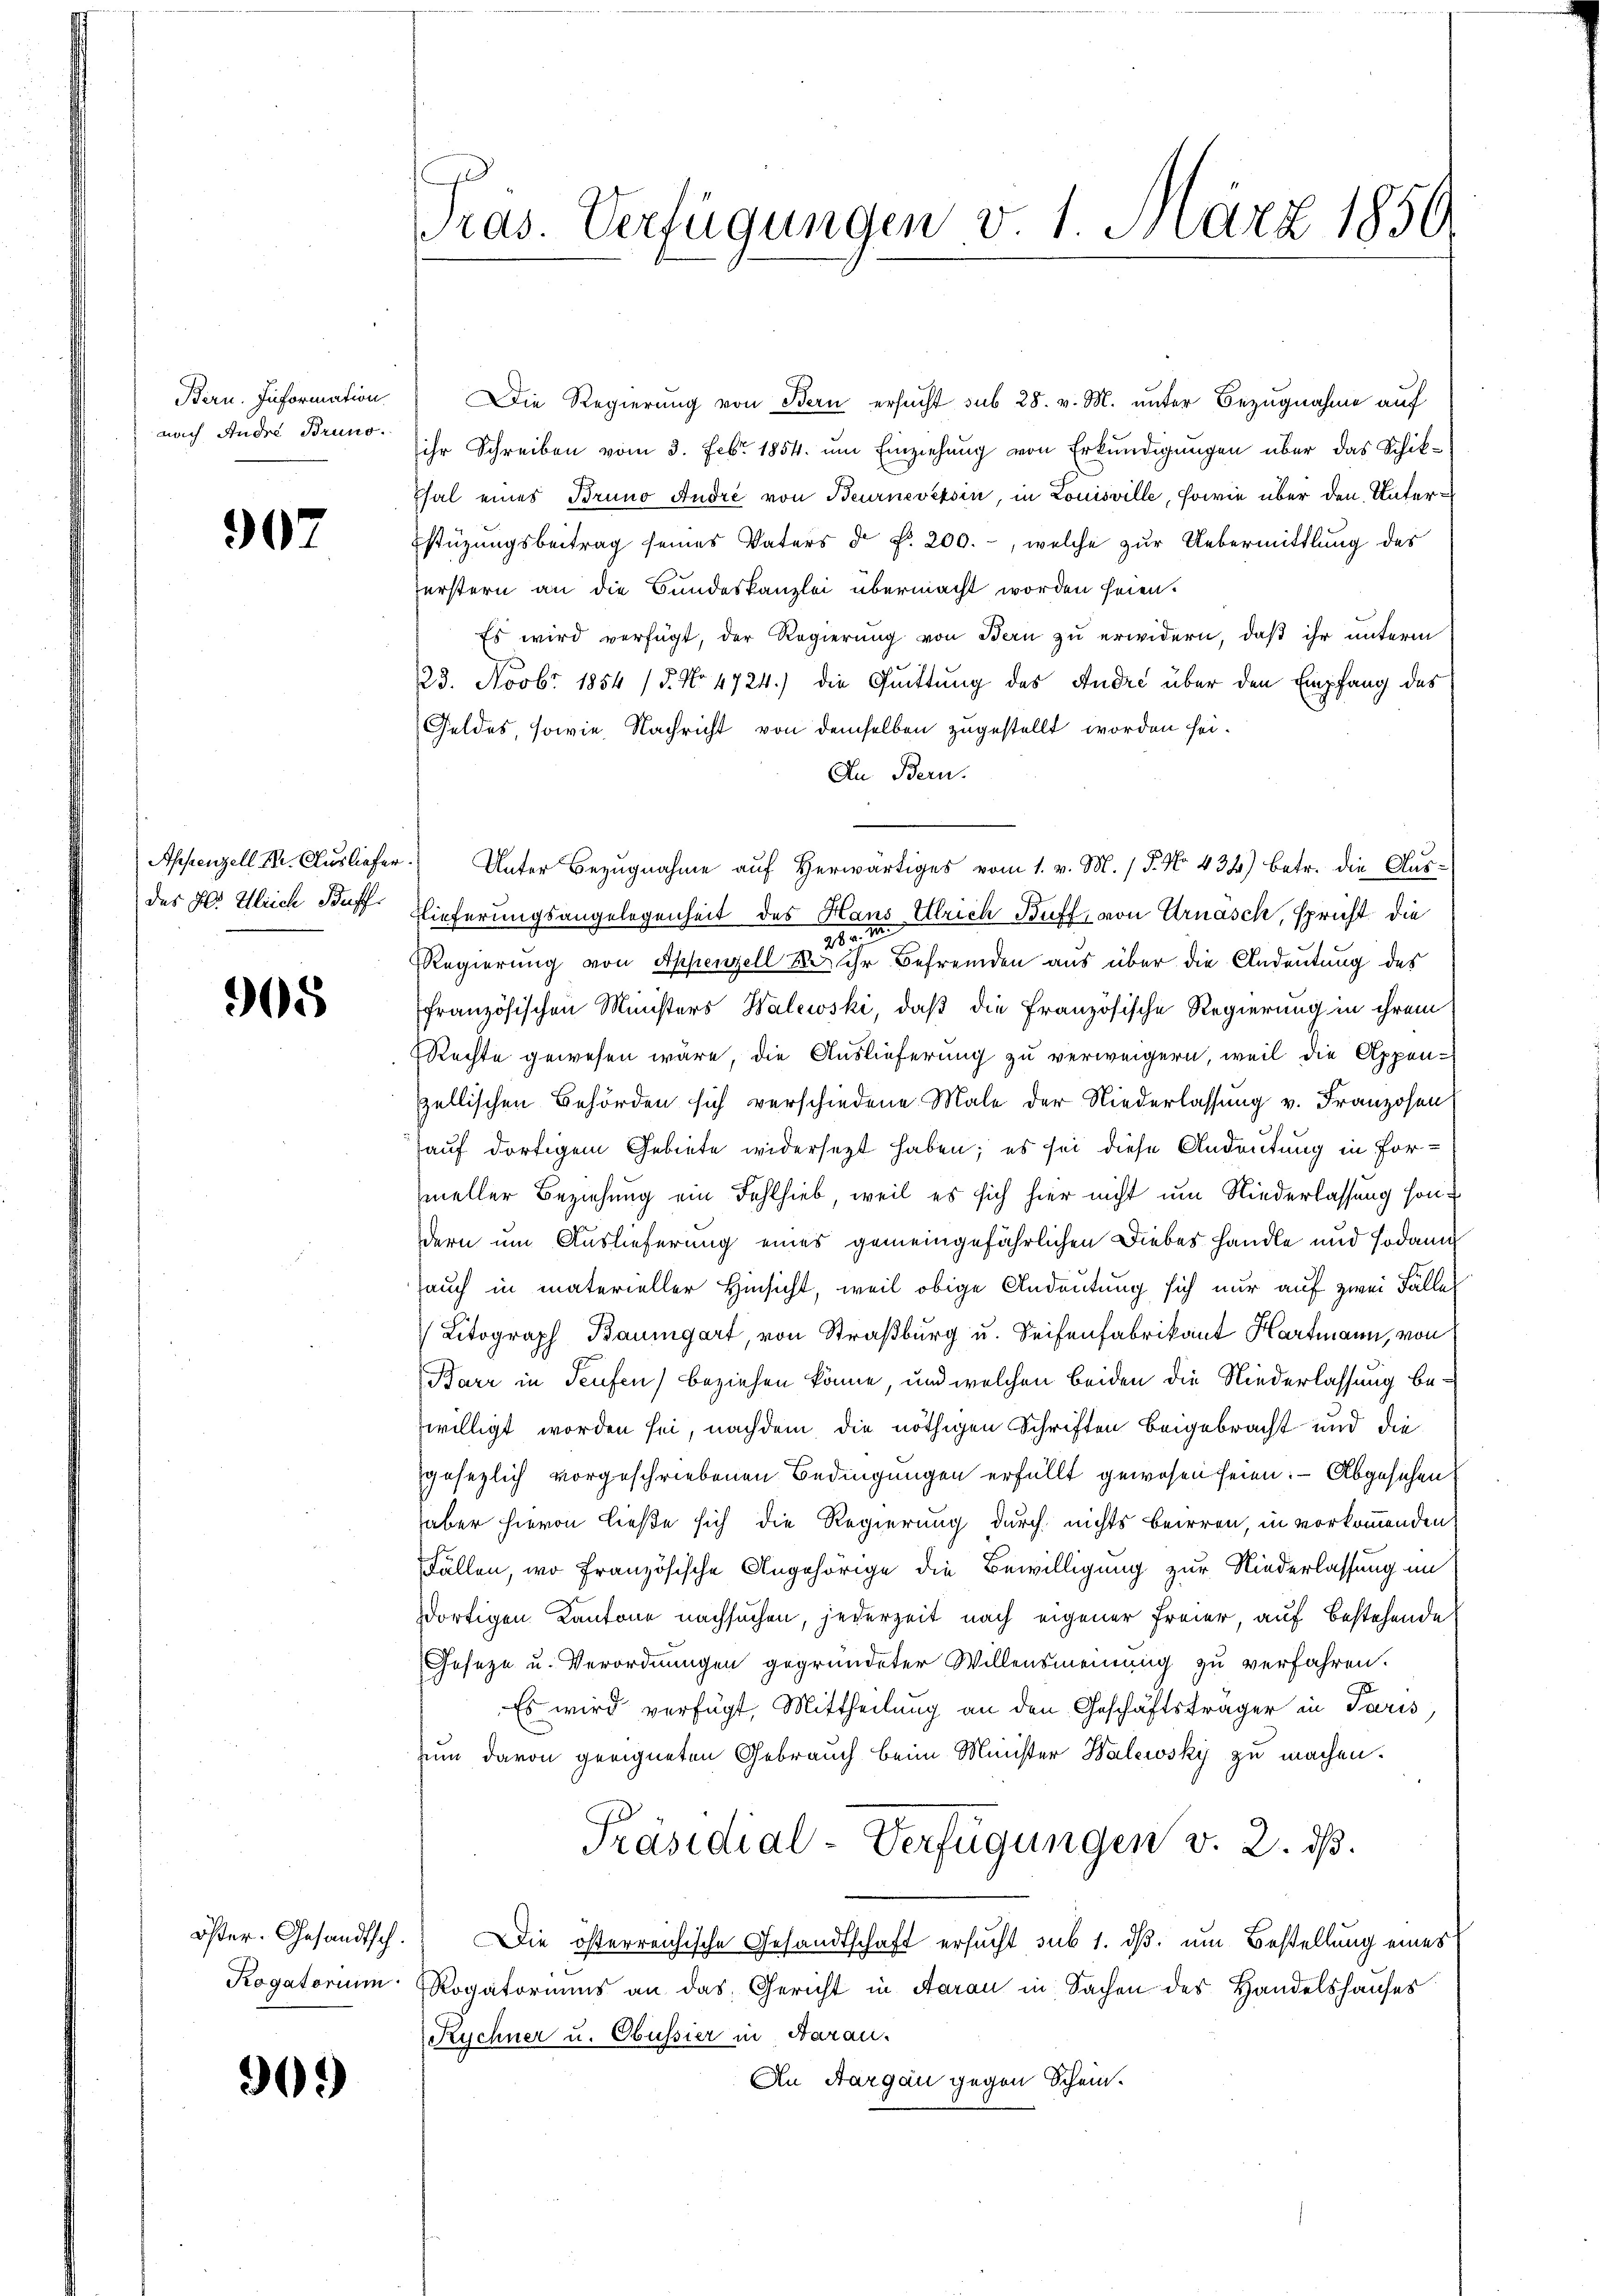
Bern. Information.
nach Andre Bruno.

907

des Hl. Gleich Buff

305

909)

C
ras. Verfügungen v. 1. März 1850.

Die Regierung von Bern ersucht sub 28. v. M. unter Bezugnahme auf
ihr Schreiben vom 3. Febr. 1854. um Einziehung von Erkundigungen über das Schik¬
Thal eines Bruno André von Beurnevessin, in Louisville, sowie über den Unter¬
Estüzungsbeitrag seines Vaters d. d. 200.-, welche zur Uebermittlung des
erstern an die Bundeskanzlei übermacht worden seien.
Es wird verfügt, der Regierung von Bern zu erwidern, daß ihr unterm
23. Novbr. 1854 (§. No. 4724.) die Quittung des Andre über den Empfang des
Geldes, sowie Nachricht von demselben zugestellt worden sei.
An Bern.
Appenzell I. Ausliefer. Unter Bezugnahme auf herwärtiges vom 1. v. M. / P. No. 434) betr. die Aus¬
Flieferungsangelegenheit des Haus Ulrich Buff, von Arnäsch, spricht die
9
Regierung von Appenzell er ihr Befremden aus über die Andeutung des
französischen Ministers Walewski, daß die Französische Regierung in ihrem
RRechte gewesen wäre, die Auslieferung zu verweigern, weil die Appenellischen Behörden sich verschiedene Male der Niederlassung v. Franzosen
auf dortigem Gebiete widersetzt haben; es sei diese Andeutung in Formeller Beziehung ein Fehlhieb, weil es sich hier nicht um Niederlassung sondern um Auslieferung eines gemeingefährlichen Diebes handle und sodann
auch in materieller Hinsicht, weil obige Andeutung sich nur auf zwei Fälle
Litograph Baumgart, von Straßburg u. Seifenfabrikant Hartmann, von
Barr in Seufen) beziehen könne, und welchen beiden die Niederlassung bewilligt worden sei, nachdem die nöthigen Schriften beigebracht und die
gesezlich vorgeschriebenen Bedingungen erfüllt gewesen seien. – Abgesehen
aber hievon ließe sich die Regierung durch nichts beirren, in vorkommenden
Fällen, wo Französische Angehörige die Bewilligung zur Niederlassung im
dortigen Kantone nachsuchen, jederzeit nach eigener Freier, auf bestehende
Geseze u. Verordnungen gegründeter Willensmeinung zu verfahren.
Es wird verfügt, Mittheilung an den Geschäftsträger in Paris
Zum davon geeigneten Gebrauch beim Minister Walewsky zu machen.
Präsidial-Verfügungen v. 2. ds.
öster. Gesandtsch. Die österreichische Gesandtschaft ersucht sub 1. dβ. um Bestellung eines
Rogatorium Rogatoriums an das Gericht in Aarau in Sachen des Handelshauses
Kychner u. Obussier in Aarau
An Aargau gegen Schein.